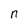
Character: n